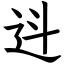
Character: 䢏